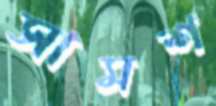
সামশ